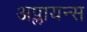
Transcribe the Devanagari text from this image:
अप्लायन्स